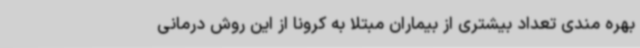
بهره مندی تعداد بیشتری از بیماران مبتلا به کرونا از این روش درمانی